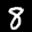
Label: 8